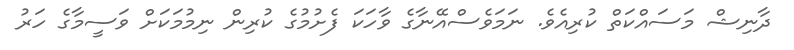
ދާނިޝް މަސައްކަތް ކުރިއެވެ. ނަމަވެސްއޭނާގެ ވާހަކަ ފެށުމުގެ ކުރިން ނިމުމަކަށް ވަސީމާގެ ހަރު